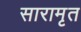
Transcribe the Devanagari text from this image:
सारामृत